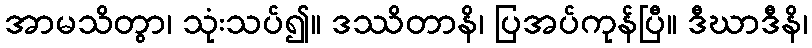
အာမသိတွာ၊ သုံးသပ်၍။ ဒဿိတာနိ၊ ပြအပ်ကုန်ပြီ။ ဒီဃာဒီနိ၊